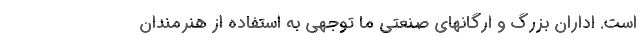
است. اداران بزرگ و ارگانهای صنعتی ما توجهی به استفاده از هنرمندان